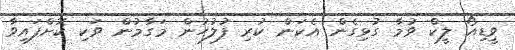
ވީޑިއޯ ލީކް ވުމާ ގުޅިގެން އެކަން ކުރި ފުލުހުން މަގާމުން ވަކި ކޮށްފައިވާ